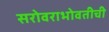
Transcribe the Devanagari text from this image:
सरोवराभोवतीची